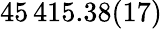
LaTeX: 45\, 415.38(17)